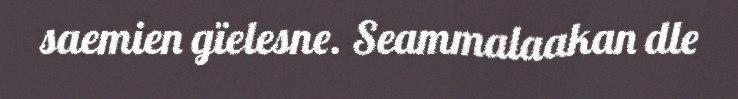
saemien gïelesne. Seammalaakan dle